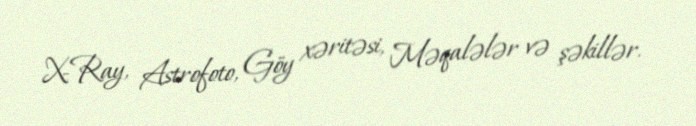
X-Ray, Astrofoto, Göy xəritəsi, Məqalələr və şəkillər.